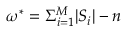
\omega ^ { * } = \Sigma _ { i = 1 } ^ { M } | S _ { i } | - n